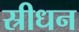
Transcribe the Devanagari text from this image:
स्रीधन